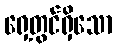
ရှေ့တွင်ရှိသော